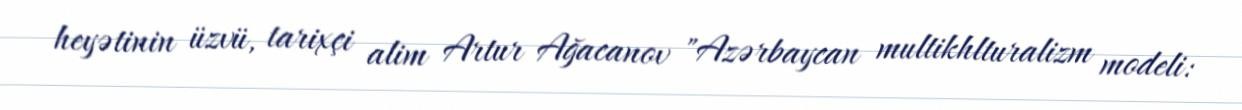
heyətinin üzvü, tarixçi alim Artur Ağacanov "Azərbaycan multikhlturalizm modeli: